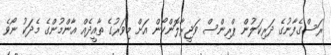
ރަސްގެފާނުގެ ދަރިކަލުން ޕްރިންސް ވަޖީރާލޮންކޯން އަށް މިވަރުގެ ތާއީދެއް އާންމުންގެ މެދަކު ނޯވެ